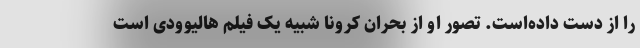
را از دست داده‌است. تصور او از بحران کرونا شبیه یک فیلم هالیوودی است